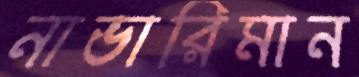
নাভারিমান